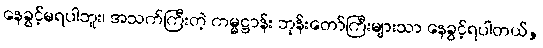
နေခွင့်မရပါဘူး၊ အသက်ကြီးတဲ့ ကမ္မဋ္ဌာန်း ဘုန်းတော်ကြီးများသာ နေခွင့်ရပါတယ်,